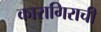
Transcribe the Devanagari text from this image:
कारागिराची